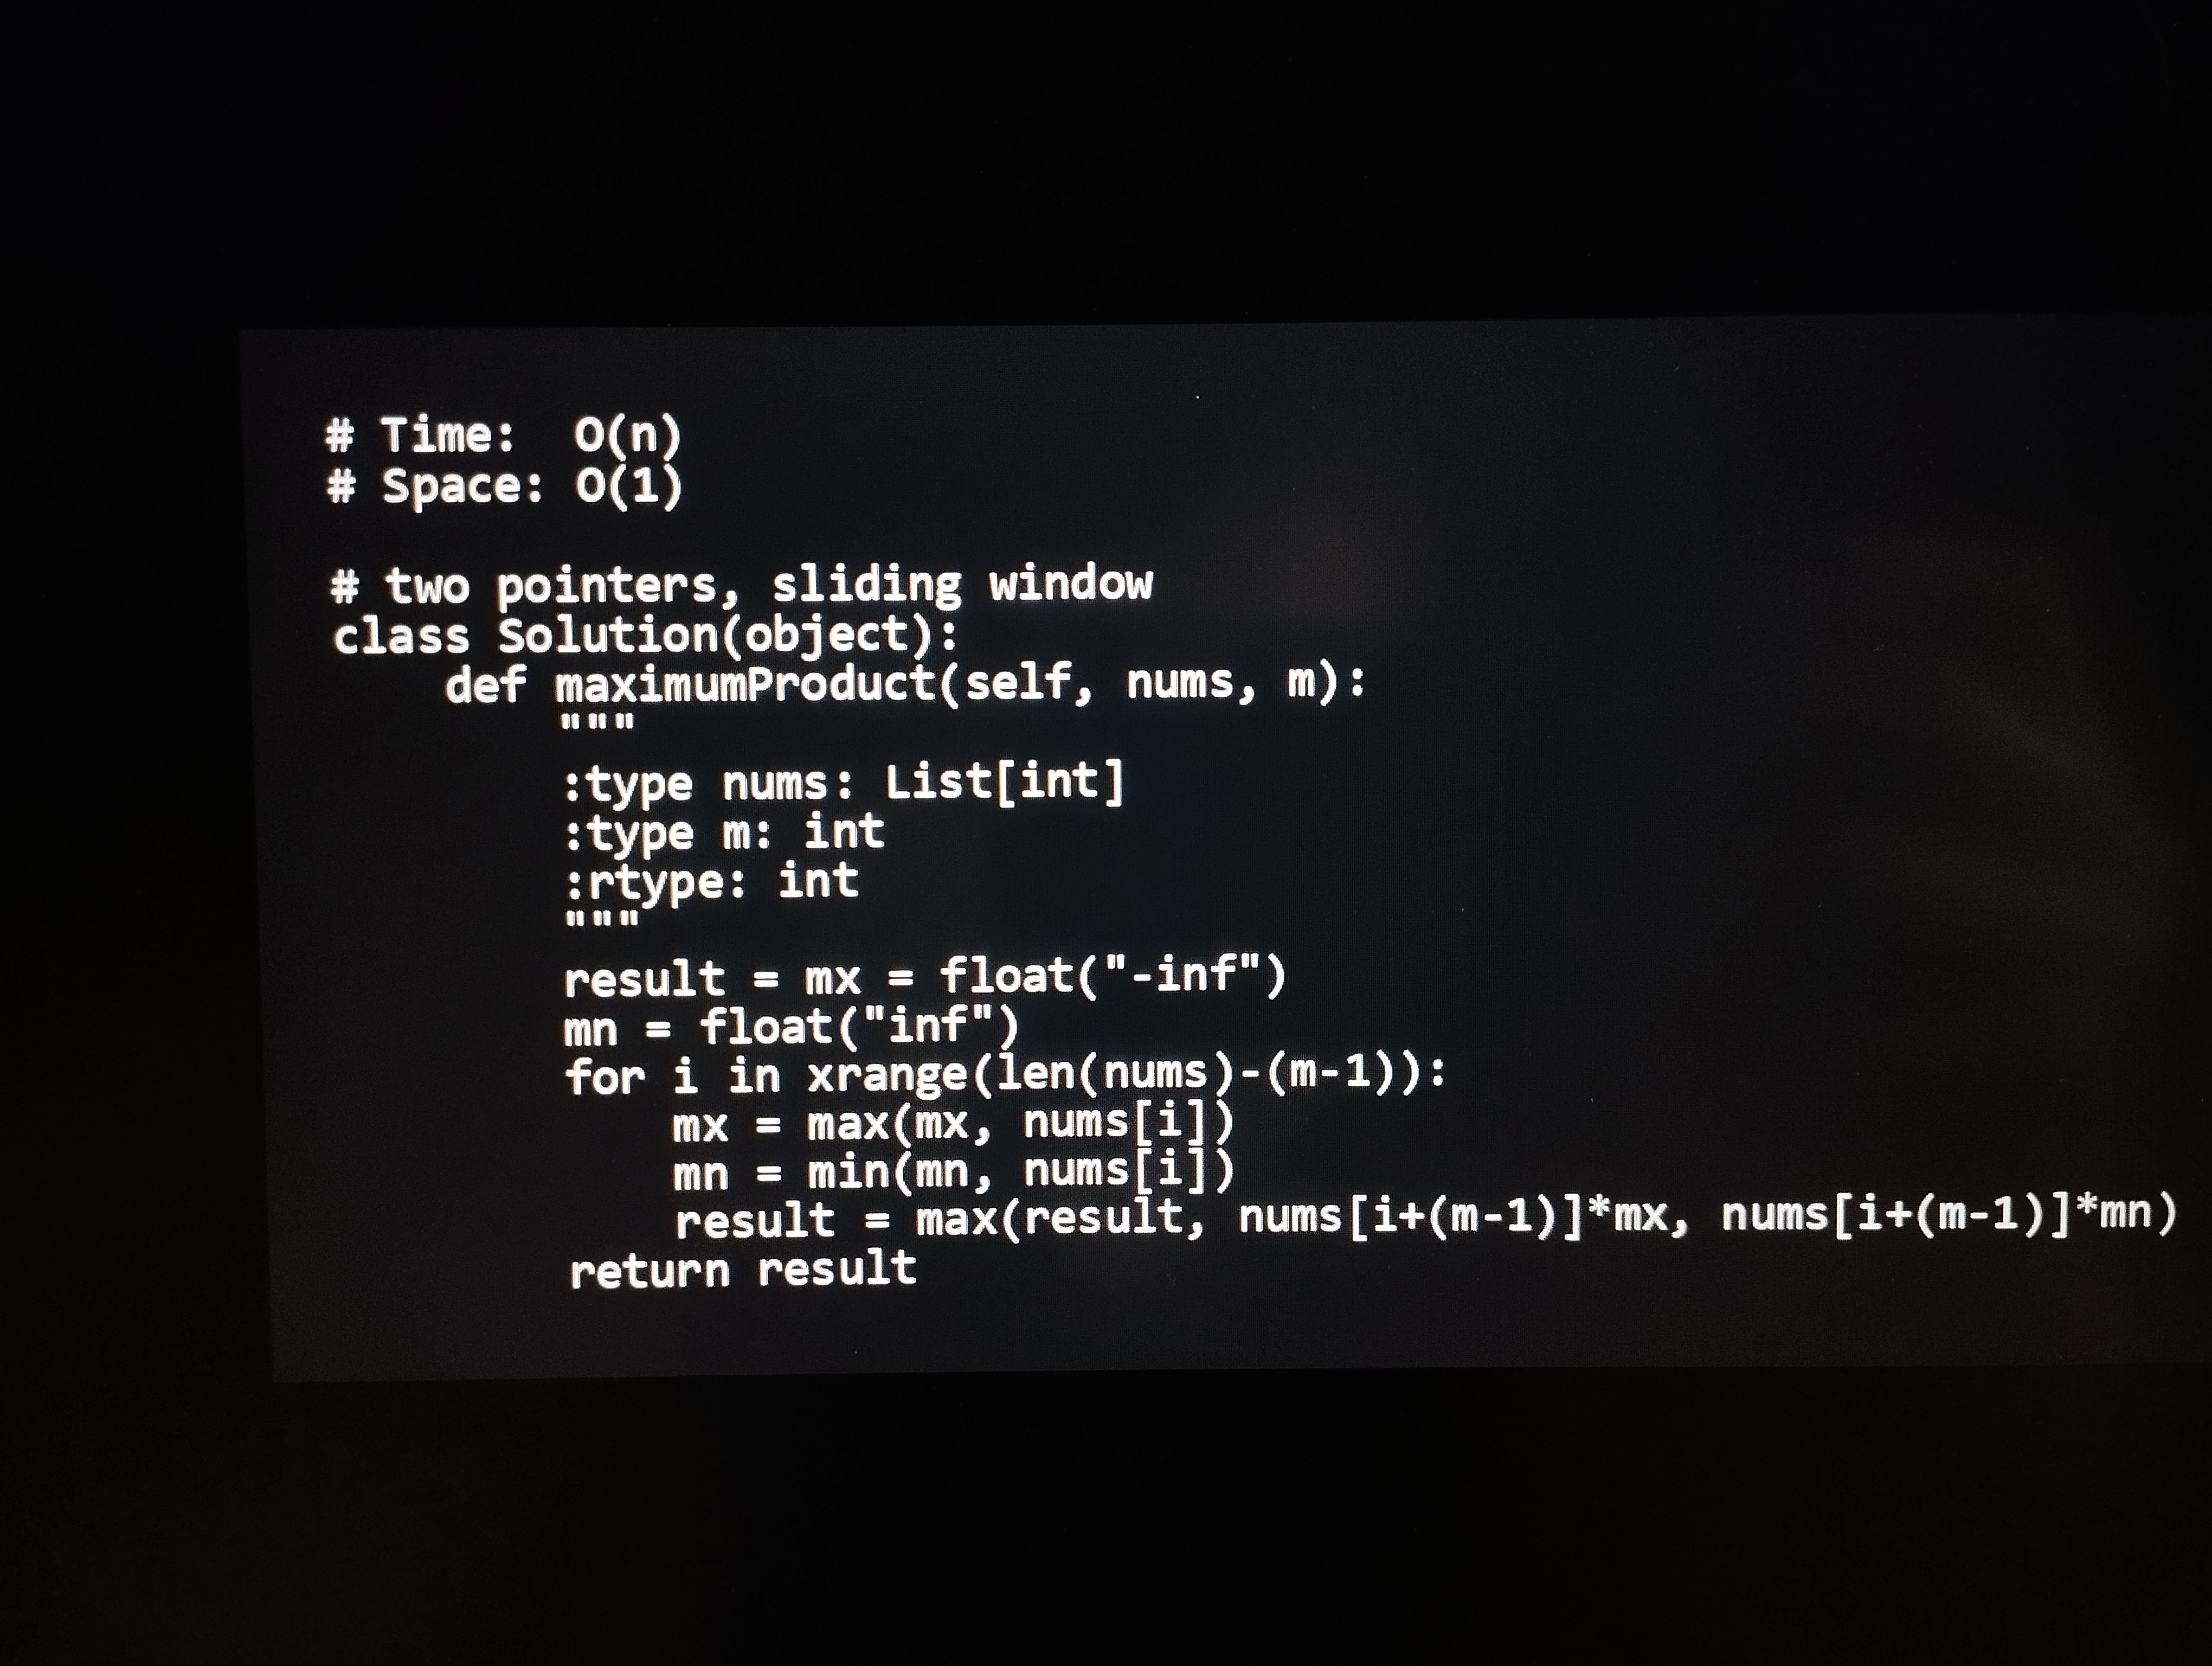
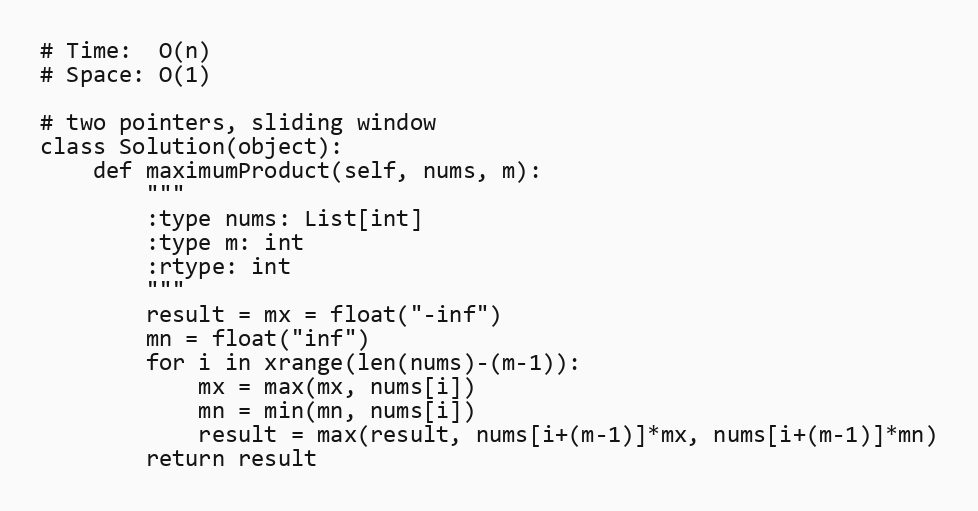
# Time:  O(n)
# Space: O(1)

# two pointers, sliding window
class Solution(object):
    def maximumProduct(self, nums, m):
        """
        :type nums: List[int]
        :type m: int
        :rtype: int
        """
        result = mx = float("-inf")
        mn = float("inf")
        for i in xrange(len(nums)-(m-1)):
            mx = max(mx, nums[i])
            mn = min(mn, nums[i])
            result = max(result, nums[i+(m-1)]*mx, nums[i+(m-1)]*mn)
        return result